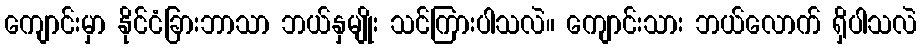
ကျောင်းမှာ နိုင်ငံခြားဘာသာ ဘယ်နှမျိုး သင်ကြားပါသလဲ။ ကျောင်းသား ဘယ်လောက် ရှိပါသလဲ